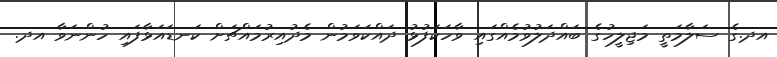
އދ.ގެ ސަލާމަތީ މަޖިލީހުގެ ބައްދަލުވުމެއްގައި ވާހަކަފުޅު ދައްކަވަމުން މެދުއިރުމައްޗަށް ކަނޑައަޅާފައި ހުންނަވާ އދ.